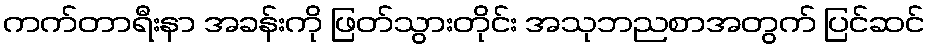
ကက်တာရီးနာ အခန်းကို ဖြတ်သွားတိုင်း အသုဘညစာအတွက် ပြင်ဆင်